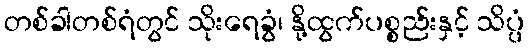
တစ်ခါတစ်ရံတွင် သိုးရေခွံ၊ နို့ထွက်ပစ္စည်းနှင့် သိပ္ပံ